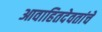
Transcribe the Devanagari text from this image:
आवाहितदेवतांचें